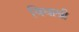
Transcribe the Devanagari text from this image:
विधाश्री